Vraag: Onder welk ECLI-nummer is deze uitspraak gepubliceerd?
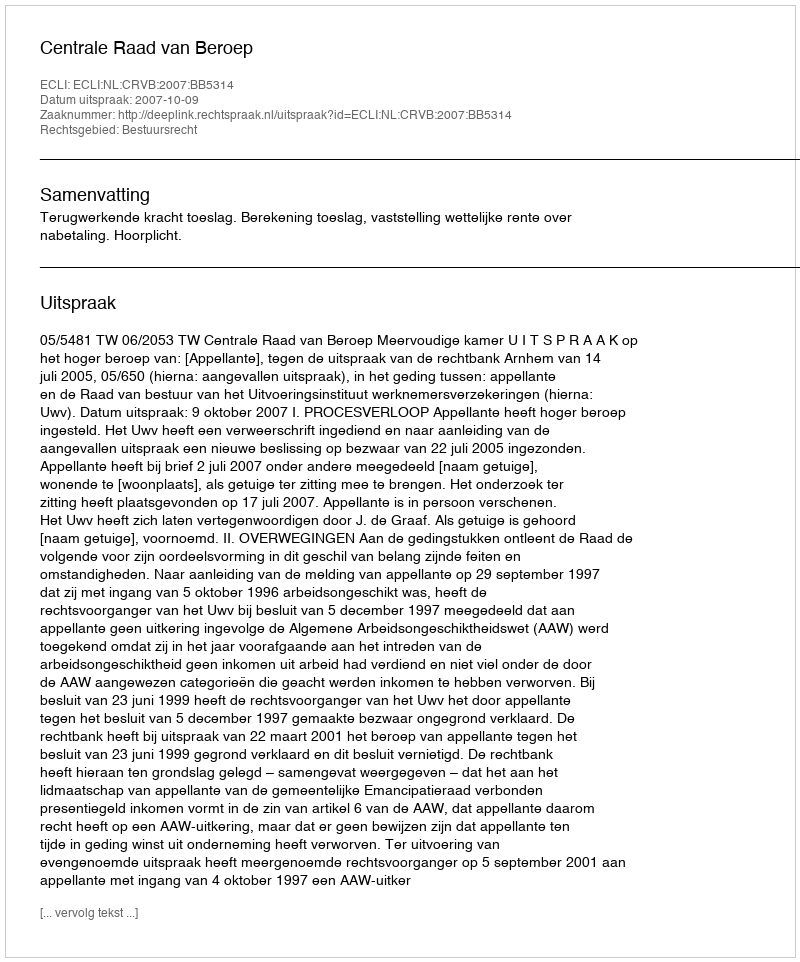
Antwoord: ECLI:NL:CRVB:2007:BB5314